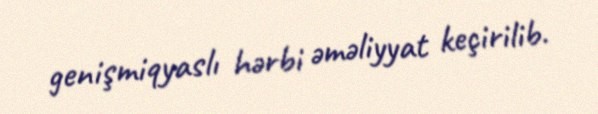
genişmiqyaslı hərbi əməliyyat keçirilib.